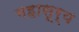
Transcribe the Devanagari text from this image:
महासूर्य